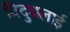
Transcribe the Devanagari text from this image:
विदुथलाई